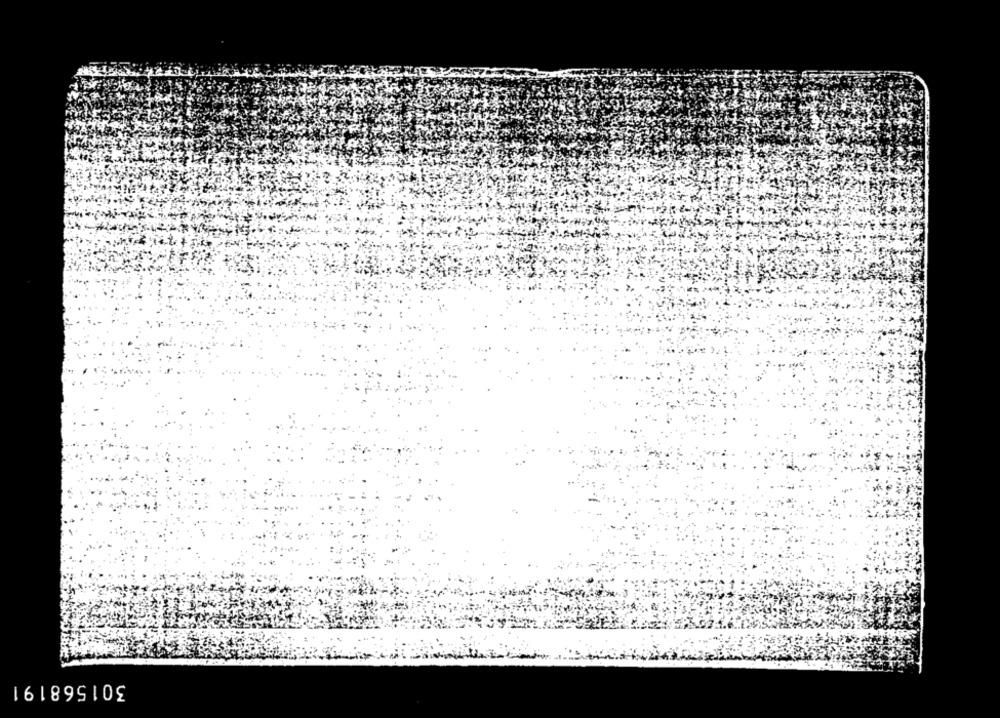
301568191